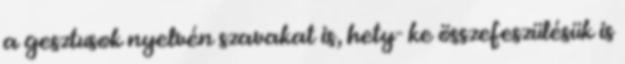
a gesztusok nyelvén szavakat is, hety- ke összefeszülésük is